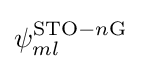
\psi _{ml}^{{\text{STO}}-n{\text{G}}}